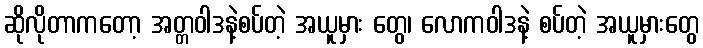
ဆိုလိုတာကတော့ အတ္တဝါဒနဲ့စပ်တဲ့ အယူမှား တွေ၊ လောကဝါဒနဲ့ စပ်တဲ့ အယူမှားတွေ